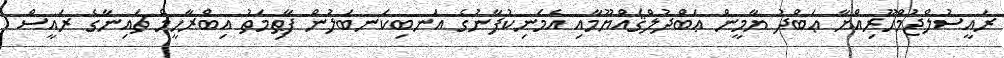
ރައީސުލްޖުމްހޫރިއްޔާ ޢަބްދު ޔާމީން ޢަބްދުލްޤައްޔޫމާއި އެމަނިކުފާނުގެ އަނބިކަނބަލުން ފާޠިމަތު އިބްރާހީމް ޗައިނާގެ ރައީސް